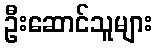
ဦးဆောင်သူများ